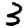
Digit: 3